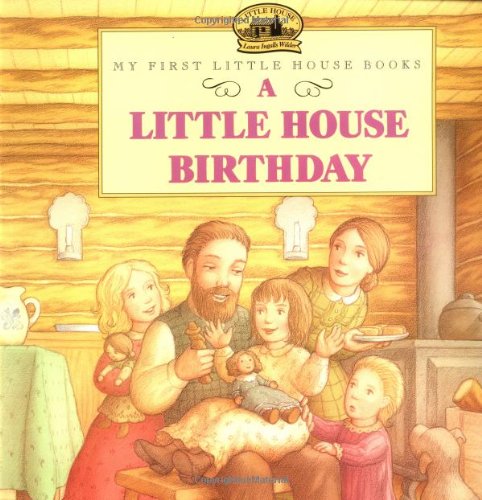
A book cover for A Little House Birthday (My First Little House); Laura Ingalls Wilder; Children's Books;